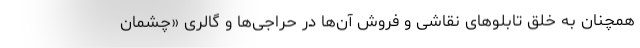
همچنان به خلق تابلو‌های نقاشی و فروش آن‌ها در حراجی‌ها و گالری «چشمان